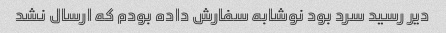
دیر رسید سرد بود نوشابه سفارش داده بودم که ارسال نشد